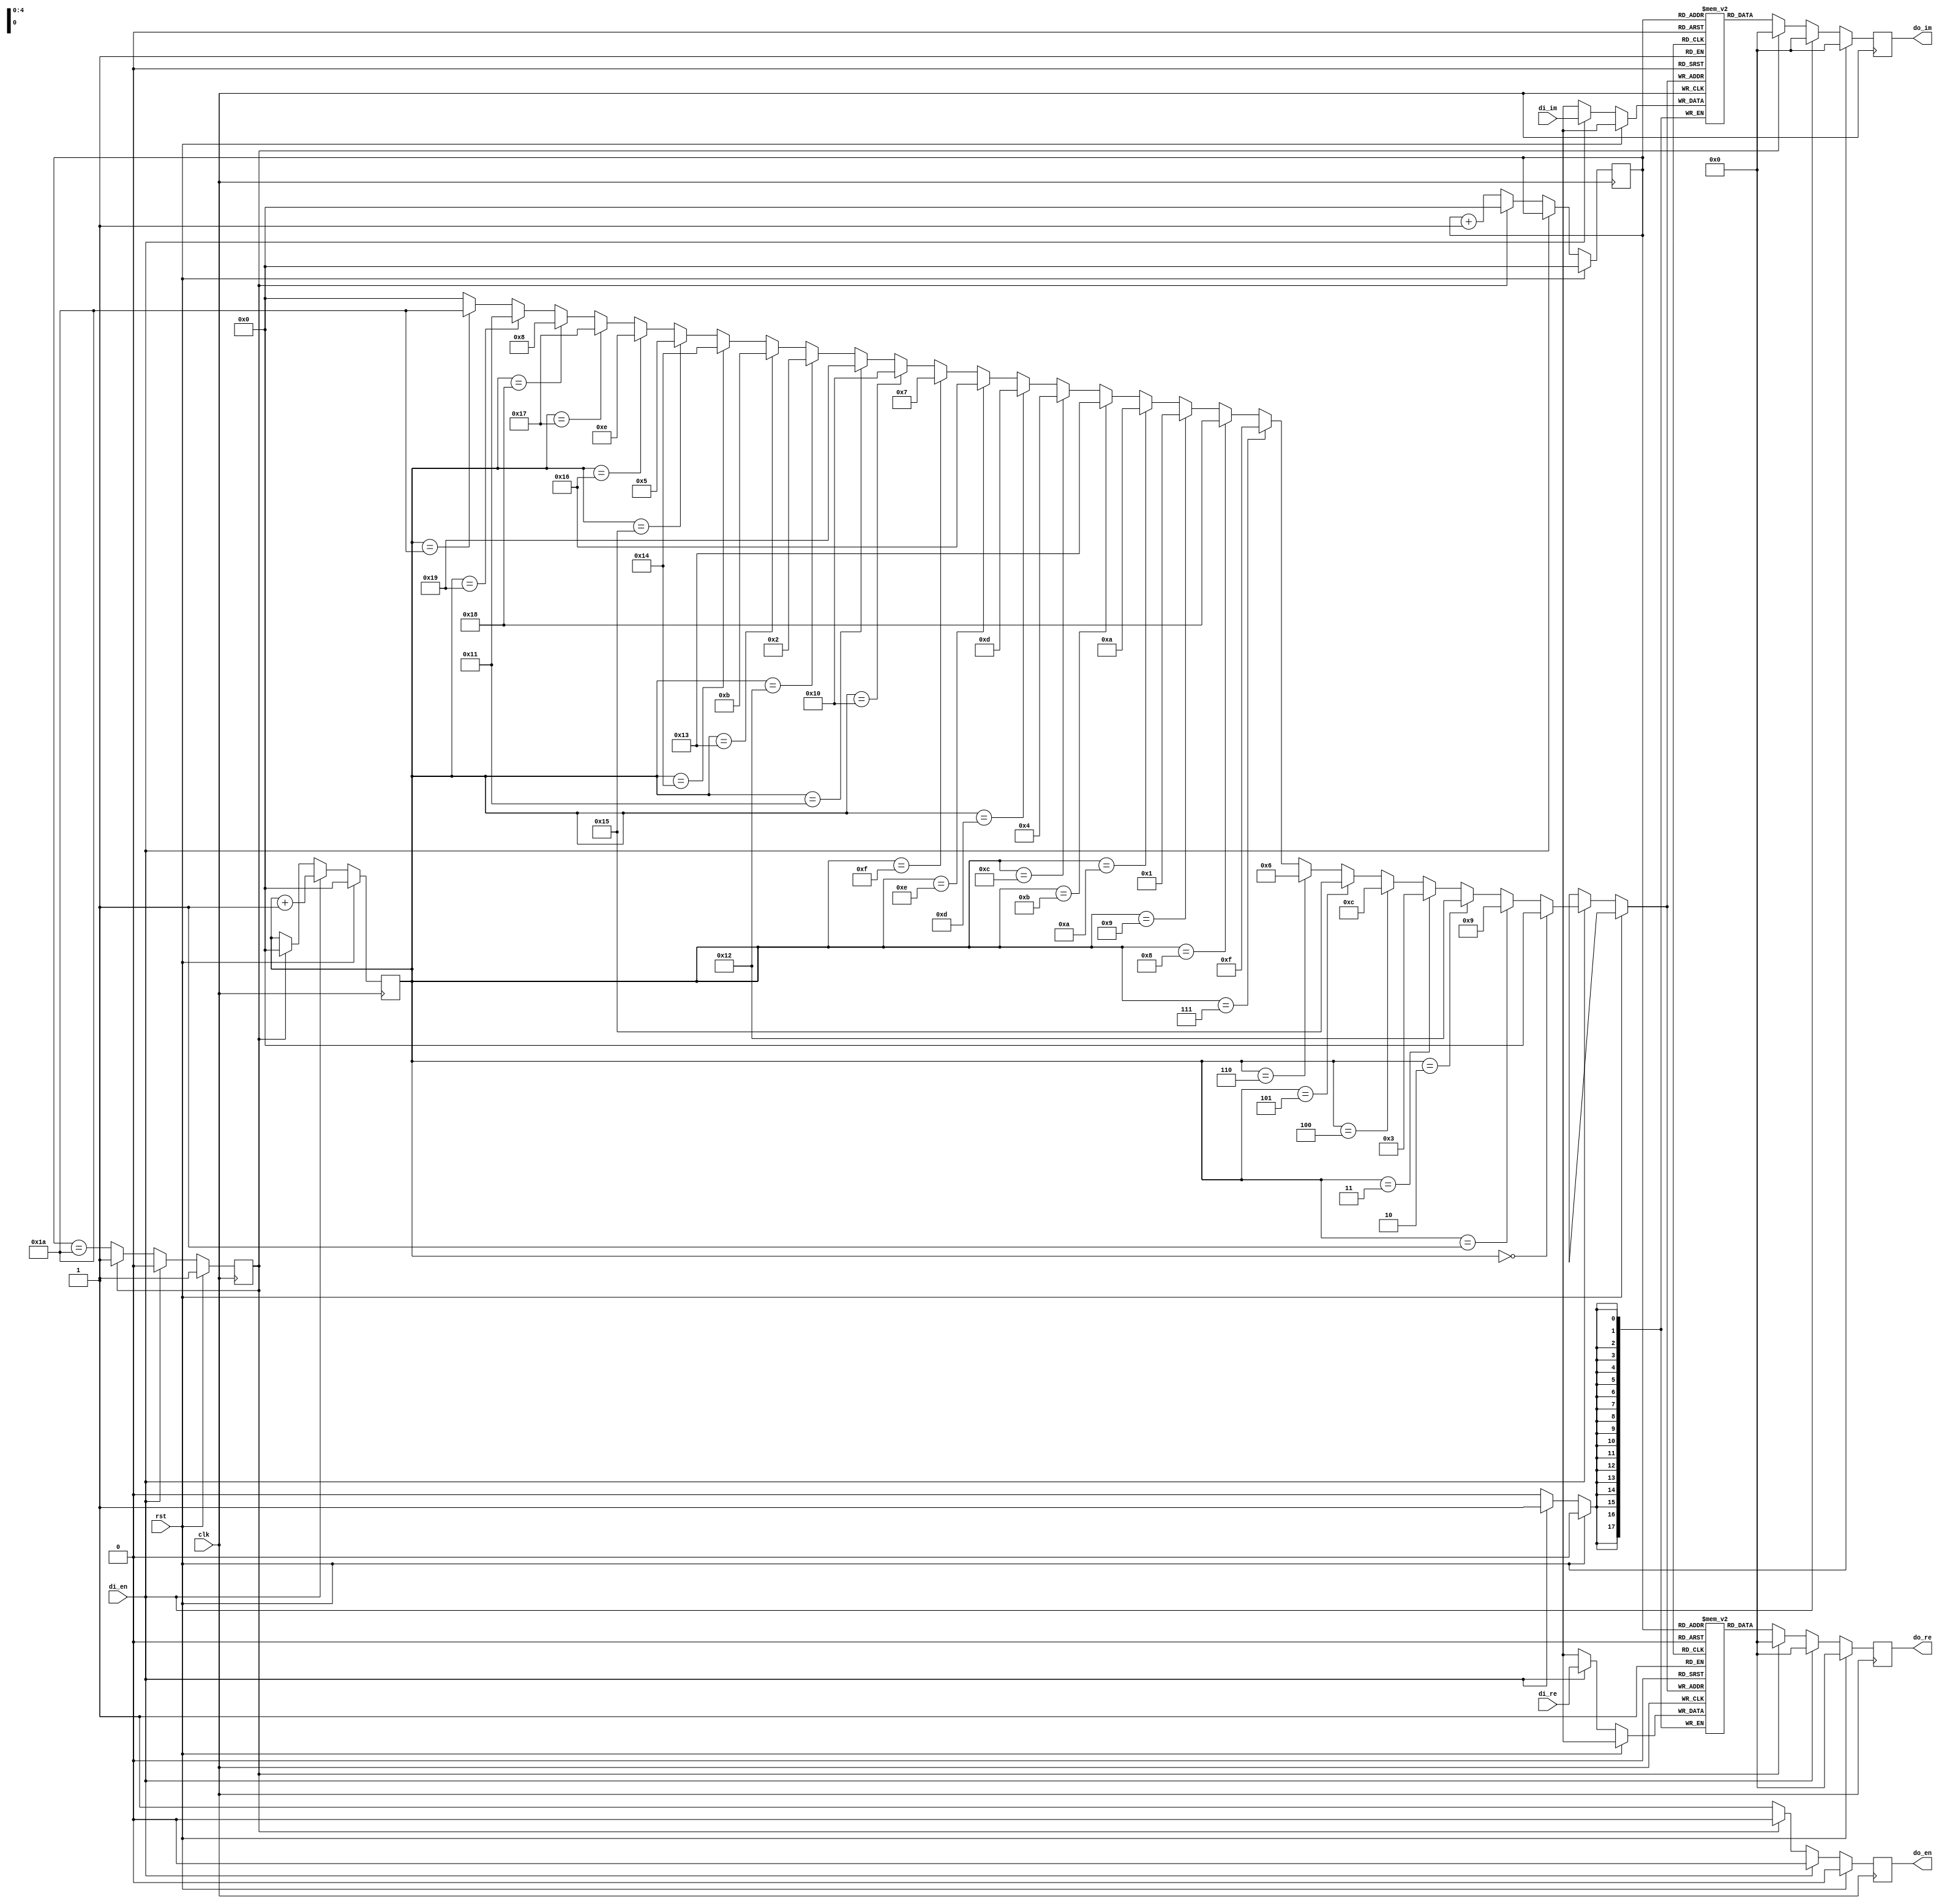
module reorder27 #(
    parameter WIDTH=18
)(
    input clk,rst,
    input signed [WIDTH-1:0] di_re,di_im,
    input di_en,
    output reg signed [WIDTH-1:0] do_re,do_im,
    output reg do_en
    
);
    reg [WIDTH-1:0] mem_re [0:26];
    reg [WIDTH-1:0] mem_im [0:26];
    reg done;
    wire[4:0] addr;
    reg [4:0] counter , di_count;


    assign addr =
           (di_count == 5'd0) ? 5'd0 :

           (di_count == 5'd1) ? 5'd9 :

           (di_count == 5'd2) ? 5'd18 :

           (di_count == 5'd3) ? 5'd3 :

           (di_count == 5'd4) ? 5'd12 :

           (di_count == 5'd5) ? 5'd21 :

           (di_count == 5'd6) ? 5'd6 :

           (di_count == 5'd7) ? 5'd15 :

           (di_count == 5'd8) ? 5'd24 :

           (di_count == 5'd9) ? 5'd1 :

           (di_count == 5'd10) ? 5'd10 :

           (di_count == 5'd11) ? 5'd19 :

           (di_count == 5'd12) ? 5'd4 :

           (di_count == 5'd13) ? 5'd13 :

           (di_count == 5'd14) ? 5'd22 :

           (di_count == 5'd15) ? 5'd7 :

           (di_count == 5'd16) ? 5'd16 :

           (di_count == 5'd17) ? 5'd25 :

           (di_count == 5'd18) ? 5'd2 :

           (di_count == 5'd19) ? 5'd11 :

           (di_count == 5'd20) ? 5'd20 :

           (di_count == 5'd21) ? 5'd5 :

           (di_count == 5'd22) ? 5'd14 :

           (di_count == 5'd23) ? 5'd23 :

           (di_count == 5'd24) ? 5'd8 :

           (di_count == 5'd25) ? 5'd17 :

           (di_count == 5'd26) ? 5'd26 :
           5'd0;

    always @(posedge clk) begin
        if (rst) begin
            counter <= 0;
            di_count <=0;
            done <=1;
            do_en<=0;
            do_im<=0;
            do_re<=0;
        end
        else if (di_en) begin
            di_count <=di_count+1;
            mem_re[addr] <= di_re;
            mem_im[addr] <= di_im;
            do_re<=0;
            do_im<=0;
            done<=0;
            do_en <=0;
        end
        else if (!done) begin
            do_re <= mem_re[counter];
            do_im <= mem_im[counter];
            do_en <=1;
            counter <= counter+1;
            done<=counter==26;
        end else begin
            do_re <= 0;
            do_im <= 0;
            di_count <= 0;
            counter <= 0;
            done <= 1;
            do_en <=0;
        end
    end
endmodule